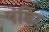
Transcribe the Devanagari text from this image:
पंडिर